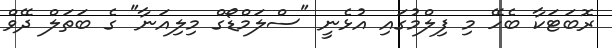
ރޮބަޓަކާ ބެހޭ މި ފިލްމުގައި އުޅެނީ "ސްލަމްޑޯގް މިލިއަނާ" ގެ ބަތަލް ދޭވް